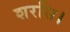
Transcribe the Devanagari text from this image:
शरसि।